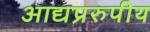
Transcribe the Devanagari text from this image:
आद्यप्ररुपीय